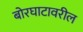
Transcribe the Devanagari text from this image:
बोरघाटावरील